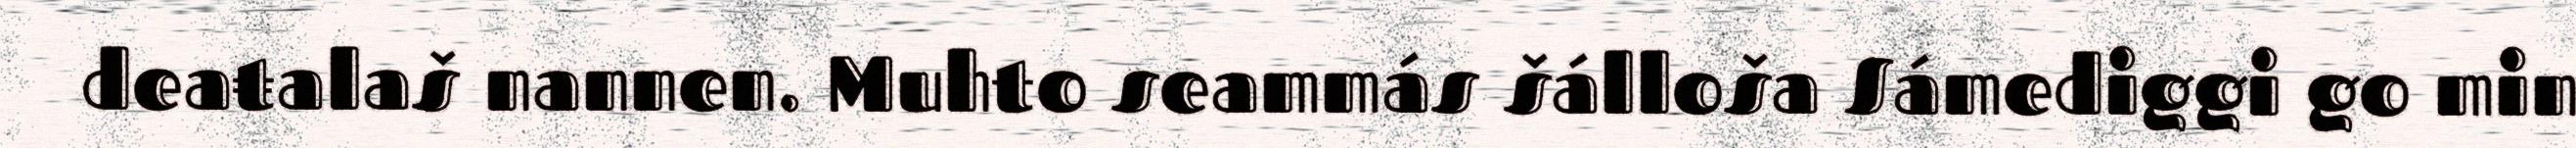
deaŧalaš nannen. Muhto seammás šálloša Sámediggi go min